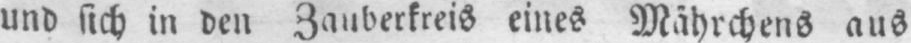
und sich in den Zauberkreis eines Mährchens aus